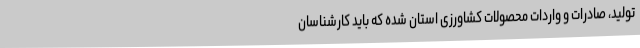
تولید، صادرات و واردات محصولات کشاورزی استان شده که باید کارشناسان